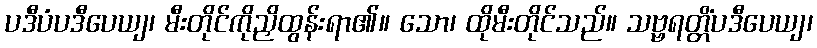
ပဒီပံပဒီပေယျ၊ မီးတိုင်ကိုညှိထွန်းရာ၏။ သော၊ ထိုမီးတိုင်သည်။ သဗ္ဗရတ္တိံပဒီပေယျ၊